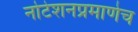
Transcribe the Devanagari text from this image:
नोटेशनप्रमाणेच